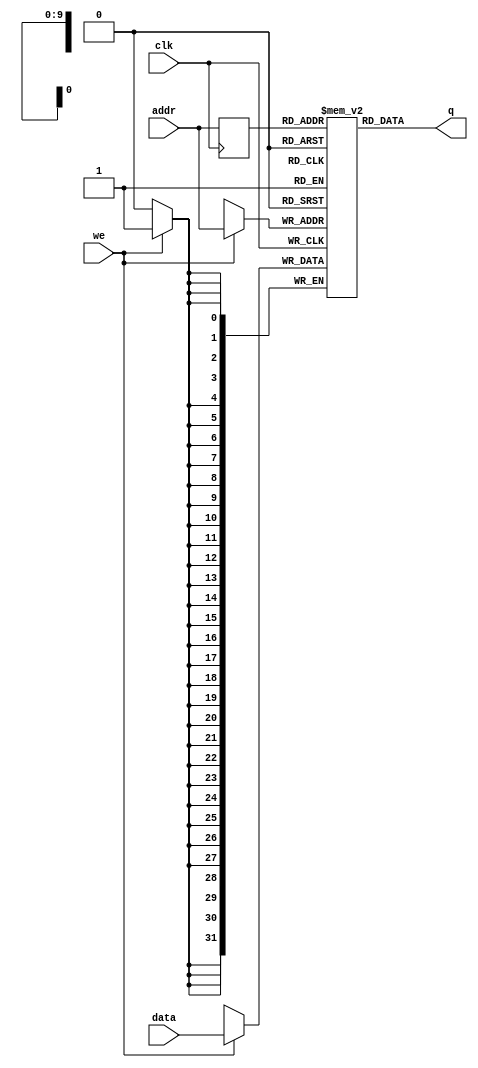
module sp_ram  #(parameter DATA_WIDTH=32, parameter ADDR_WIDTH=10) (
	input [DATA_WIDTH-1:0] data,
	input [ADDR_WIDTH-1:0] addr,
	input we, clk,
	output [DATA_WIDTH-1:0] q
);

	reg [DATA_WIDTH-1:0] ram[2**ADDR_WIDTH-1:0];

	reg [ADDR_WIDTH-1:0] addr_reg;

	always @ (posedge clk)
	begin
		if (we) begin
			ram[addr] <= data;
		end
		addr_reg <= addr;
	end
	  
	assign q = ram[addr_reg];

endmodule